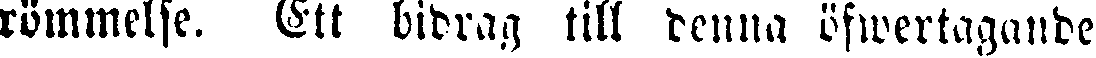
römmelse. Ett bidrag till denna öfwertagande